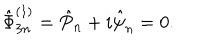
LaTeX: \hat { \Phi } _ { 3 n } ^ { ( 1 ) } = \hat { P } _ { n } + i \hat { \psi } _ { n } = 0 .